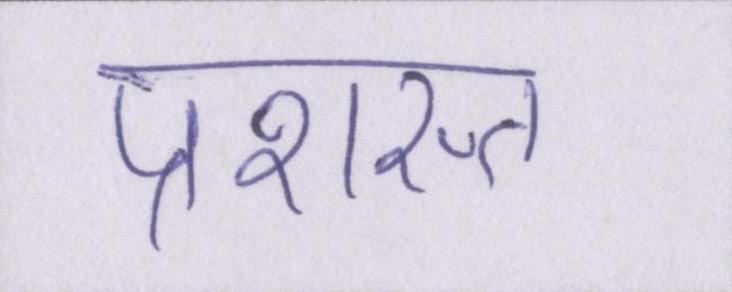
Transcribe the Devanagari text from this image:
प्रशस्त